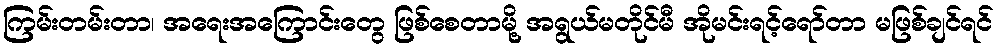
ကြမ်းတမ်းတာ၊ အရေးအကြောင်းတွေ ဖြစ်စေတာမို့ အရွယ်မတိုင်မီ အိုမင်းရင့်ရော်တာ မဖြစ်ချင်ရင်